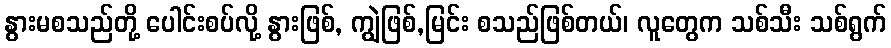
နွားမစသည်တို့ ပေါင်းစပ်လို့ နွားဖြစ်, ကျွဲဖြစ်,မြင်း စသည်ဖြစ်တယ်၊ လူတွေက သစ်သီး သစ်ရွက်